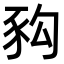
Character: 𧰴